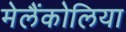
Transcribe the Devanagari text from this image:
मेलैंकोलिया